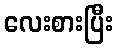
လေးစားပြီး